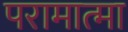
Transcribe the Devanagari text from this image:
परामात्मा